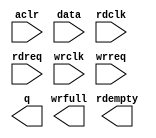
// megafunction wizard: %FIFO%VBB%
// GENERATION: STANDARD
// VERSION: WM1.0
// MODULE: dcfifo_mixed_widths 

// ============================================================
// Megafunction Name(s):
// 			dcfifo_mixed_widths
//
// Simulation Library Files(s):
// 			altera_mf
// ============================================================
// ************************************************************
// THIS IS A WIZARD-GENERATED FILE. DO NOT EDIT THIS FILE!
//
// 14.1.0 Build 186 12/03/2014 SJ Full Version
// ************************************************************

//Copyright (C) 1991-2014 Altera Corporation. All rights reserved.
//Your use of Altera Corporation's design tools, logic functions 
//and other software and tools, and its AMPP partner logic 
//functions, and any output files from any of the foregoing 
//(including device programming or simulation files), and any 
//associated documentation or information are expressly subject 
//to the terms and conditions of the Altera Program License 
//Subscription Agreement, the Altera Quartus II License Agreement,
//the Altera MegaCore Function License Agreement, or other 
//applicable license agreement, including, without limitation, 
//that your use is for the sole purpose of programming logic 
//devices manufactured by Altera and sold by Altera or its 
//authorized distributors.  Please refer to the applicable 
//agreement for further details.

module formatter (
	aclr,
	data,
	rdclk,
	rdreq,
	wrclk,
	wrreq,
	q,
	rdempty,
	wrfull);

	input	  aclr;
	input	[511:0]  data;
	input	  rdclk;
	input	  rdreq;
	input	  wrclk;
	input	  wrreq;
	output	[31:0]  q;
	output	  rdempty;
	output	  wrfull;
`ifndef ALTERA_RESERVED_QIS
// synopsys translate_off
`endif
	tri0	  aclr;
`ifndef ALTERA_RESERVED_QIS
// synopsys translate_on
`endif

endmodule

// ============================================================
// CNX file retrieval info
// ============================================================
// Retrieval info: PRIVATE: AlmostEmpty NUMERIC "0"
// Retrieval info: PRIVATE: AlmostEmptyThr NUMERIC "-1"
// Retrieval info: PRIVATE: AlmostFull NUMERIC "0"
// Retrieval info: PRIVATE: AlmostFullThr NUMERIC "-1"
// Retrieval info: PRIVATE: CLOCKS_ARE_SYNCHRONIZED NUMERIC "0"
// Retrieval info: PRIVATE: Clock NUMERIC "4"
// Retrieval info: PRIVATE: Depth NUMERIC "4"
// Retrieval info: PRIVATE: Empty NUMERIC "1"
// Retrieval info: PRIVATE: Full NUMERIC "1"
// Retrieval info: PRIVATE: INTENDED_DEVICE_FAMILY STRING "Cyclone V"
// Retrieval info: PRIVATE: LE_BasedFIFO NUMERIC "0"
// Retrieval info: PRIVATE: LegacyRREQ NUMERIC "1"
// Retrieval info: PRIVATE: MAX_DEPTH_BY_9 NUMERIC "0"
// Retrieval info: PRIVATE: OVERFLOW_CHECKING NUMERIC "0"
// Retrieval info: PRIVATE: Optimize NUMERIC "0"
// Retrieval info: PRIVATE: RAM_BLOCK_TYPE NUMERIC "0"
// Retrieval info: PRIVATE: SYNTH_WRAPPER_GEN_POSTFIX STRING "0"
// Retrieval info: PRIVATE: UNDERFLOW_CHECKING NUMERIC "0"
// Retrieval info: PRIVATE: UsedW NUMERIC "1"
// Retrieval info: PRIVATE: Width NUMERIC "512"
// Retrieval info: PRIVATE: dc_aclr NUMERIC "1"
// Retrieval info: PRIVATE: diff_widths NUMERIC "1"
// Retrieval info: PRIVATE: msb_usedw NUMERIC "0"
// Retrieval info: PRIVATE: output_width NUMERIC "32"
// Retrieval info: PRIVATE: rsEmpty NUMERIC "1"
// Retrieval info: PRIVATE: rsFull NUMERIC "0"
// Retrieval info: PRIVATE: rsUsedW NUMERIC "0"
// Retrieval info: PRIVATE: sc_aclr NUMERIC "0"
// Retrieval info: PRIVATE: sc_sclr NUMERIC "0"
// Retrieval info: PRIVATE: wsEmpty NUMERIC "0"
// Retrieval info: PRIVATE: wsFull NUMERIC "1"
// Retrieval info: PRIVATE: wsUsedW NUMERIC "0"
// Retrieval info: LIBRARY: altera_mf altera_mf.altera_mf_components.all
// Retrieval info: CONSTANT: INTENDED_DEVICE_FAMILY STRING "Cyclone V"
// Retrieval info: CONSTANT: LPM_NUMWORDS NUMERIC "4"
// Retrieval info: CONSTANT: LPM_SHOWAHEAD STRING "OFF"
// Retrieval info: CONSTANT: LPM_TYPE STRING "dcfifo_mixed_widths"
// Retrieval info: CONSTANT: LPM_WIDTH NUMERIC "512"
// Retrieval info: CONSTANT: LPM_WIDTHU NUMERIC "2"
// Retrieval info: CONSTANT: LPM_WIDTHU_R NUMERIC "6"
// Retrieval info: CONSTANT: LPM_WIDTH_R NUMERIC "32"
// Retrieval info: CONSTANT: OVERFLOW_CHECKING STRING "ON"
// Retrieval info: CONSTANT: RDSYNC_DELAYPIPE NUMERIC "4"
// Retrieval info: CONSTANT: READ_ACLR_SYNCH STRING "ON"
// Retrieval info: CONSTANT: UNDERFLOW_CHECKING STRING "ON"
// Retrieval info: CONSTANT: USE_EAB STRING "ON"
// Retrieval info: CONSTANT: WRITE_ACLR_SYNCH STRING "ON"
// Retrieval info: CONSTANT: WRSYNC_DELAYPIPE NUMERIC "4"
// Retrieval info: USED_PORT: aclr 0 0 0 0 INPUT GND "aclr"
// Retrieval info: USED_PORT: data 0 0 512 0 INPUT NODEFVAL "data[511..0]"
// Retrieval info: USED_PORT: q 0 0 32 0 OUTPUT NODEFVAL "q[31..0]"
// Retrieval info: USED_PORT: rdclk 0 0 0 0 INPUT NODEFVAL "rdclk"
// Retrieval info: USED_PORT: rdempty 0 0 0 0 OUTPUT NODEFVAL "rdempty"
// Retrieval info: USED_PORT: rdreq 0 0 0 0 INPUT NODEFVAL "rdreq"
// Retrieval info: USED_PORT: wrclk 0 0 0 0 INPUT NODEFVAL "wrclk"
// Retrieval info: USED_PORT: wrfull 0 0 0 0 OUTPUT NODEFVAL "wrfull"
// Retrieval info: USED_PORT: wrreq 0 0 0 0 INPUT NODEFVAL "wrreq"
// Retrieval info: CONNECT: @aclr 0 0 0 0 aclr 0 0 0 0
// Retrieval info: CONNECT: @data 0 0 512 0 data 0 0 512 0
// Retrieval info: CONNECT: @rdclk 0 0 0 0 rdclk 0 0 0 0
// Retrieval info: CONNECT: @rdreq 0 0 0 0 rdreq 0 0 0 0
// Retrieval info: CONNECT: @wrclk 0 0 0 0 wrclk 0 0 0 0
// Retrieval info: CONNECT: @wrreq 0 0 0 0 wrreq 0 0 0 0
// Retrieval info: CONNECT: q 0 0 32 0 @q 0 0 32 0
// Retrieval info: CONNECT: rdempty 0 0 0 0 @rdempty 0 0 0 0
// Retrieval info: CONNECT: wrfull 0 0 0 0 @wrfull 0 0 0 0
// Retrieval info: GEN_FILE: TYPE_NORMAL formatter.v TRUE
// Retrieval info: GEN_FILE: TYPE_NORMAL formatter.inc FALSE
// Retrieval info: GEN_FILE: TYPE_NORMAL formatter.cmp FALSE
// Retrieval info: GEN_FILE: TYPE_NORMAL formatter.bsf FALSE
// Retrieval info: GEN_FILE: TYPE_NORMAL formatter_inst.v FALSE
// Retrieval info: GEN_FILE: TYPE_NORMAL formatter_bb.v TRUE
// Retrieval info: LIB_FILE: altera_mf